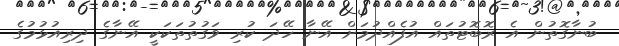
ބުނާގޮތުން އެ ރޮބޮޓުތައް އުފެއްދުމަށް އޭނާ ހޭދަ ކުރި ވަގުތުތަކަކީ އޭނާގެ ދިރިއުޅުމުގެ